Note on the mental hospitals in Burma - 1925-1940
Year: 1925
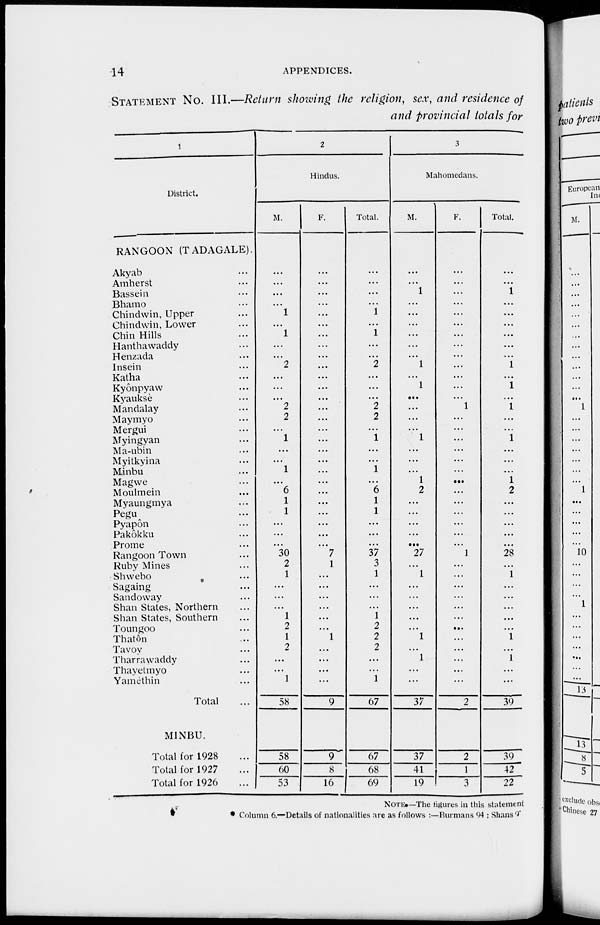
14
APPENDICES.
STATEMENT NO. III.—Return showing the religion, sex, and residence of
and provincial totals for
1
District.
RANGOON (TADAGALE).
Akyab ...
Amherst ...
Bassein ...
Bhamo...
Chindwin, Upper ...
Chindwin, Lower ...
Chin Hills ...
Hanthawaddy ...
Henzada ...
Insein ...
Katha ...
Kyônpyaw ...
Kyaukse ...
Mandalay ...
Maymyo ...
Mergui ...
Myingyan ...
Ma-ubin ...
Myitkyina ...
Minbu ...
Magwe ...
Moulmein ...
Myaungmya ...
Pegu ...
Pyapôn ...
Pakôkku ...
Prome ...
Rangoon Town ...
Ruby Mines ...
Shwebo ...
Sagaing ...
Sandoway ...
Shan States, Northern ...
Shan States, Southern ...
Toungoo ...
Thaton
Tavoy ...
Tharrawaddy ...
Thayetmyo ...
Yamèthin ...
Total ...
MINBU.
Total for 1928 ...
Total for 1927 ...
Total for 1926 ...
2
Hindus.
M.
...
...
...
...
1
...
1
...
2
...
...
...
2
2
...
1
...
...
1
...
6
1
1
...
...
...
30
2
1
...
...
...
1
2
1
2
...
...
1
58
58
60
53
F.
...
...
...
...
...
...
...
...
...
...
...
...
...
...
...
...
...
...
...
...
...
...
...
...
...
...
...
7
1
...
...
...
...
...
...
1
...
...
...
...
9
9
8
16
Total.
...
...
...
...
1
...
1
...
...
2
...
...
...
2
2
...
1
...
...
1
...
6
1
1
...
...
...
37
3
1
...
...
...
1
2
2
2
...
...
1
67
67
68
69
3
Mahomedans.
M.
...
...
1
...
...
...
...
...
...
1
...
1
...
...
...
...
1
...
...
...
1
2
...
...
...
...
...
27
...
1
...
...
...
...
...
1
...
1
...
...
37
37
41
19
F.
...
...
...
...
...
...
...
...
...
...
...
...
...
1
...
...
...
...
...
...
...
...
...
...
...
...
...
1
...
...
...
...
...
...
...
...
...
...
...
...
2
2
1
3
Total.
...
...
1
...
...
...
...
...
...
1
...
1
...
1
...
...
1
...
...
...
1
2
...
...
...
...
...
28
...
1
...
...
...
...
...
1
...
1
...
...
39
39
42
22
NOTE.—The figures in this statement
* Column 6.—Details of nationalities are as follows :—Burmans 94 ; Shans 96